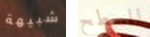
شبيهة للسطح